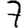
Digit: 7